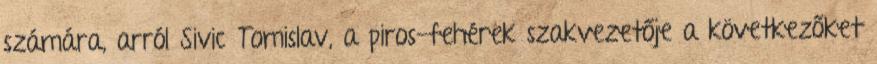
számára, arról Sivic Tomislav, a piros-fehérek szakvezetője a következőket